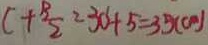
C + \frac { B } { 2 } = 3 0 + 5 = 3 5 ( c m )